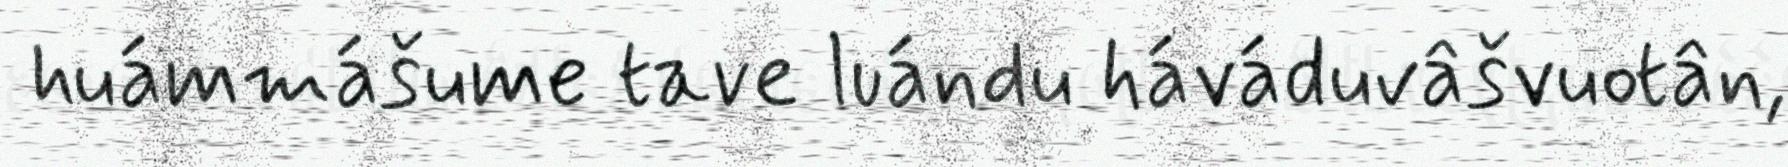
huámmášume tave luándu háváduvâšvuotân,